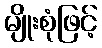
မျိုးစုံဖြင့်